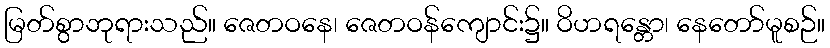
မြတ်စွာဘုရားသည်။ ဇေတဝနေ၊ ဇေတဝန်ကျောင်း၌။ ဝိဟရန္တော၊ နေတော်မူစဉ်။